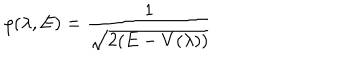
LaTeX: \rho ( \lambda , E ) = \frac { 1 } { \sqrt { 2 ( E - V ( \lambda ) ) } }